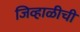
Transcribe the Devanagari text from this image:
जिव्हाळीची